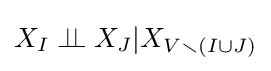
X_{I}\perp \!\!\!\perp X_{J}|X_{V\smallsetminus (I\cup J)}